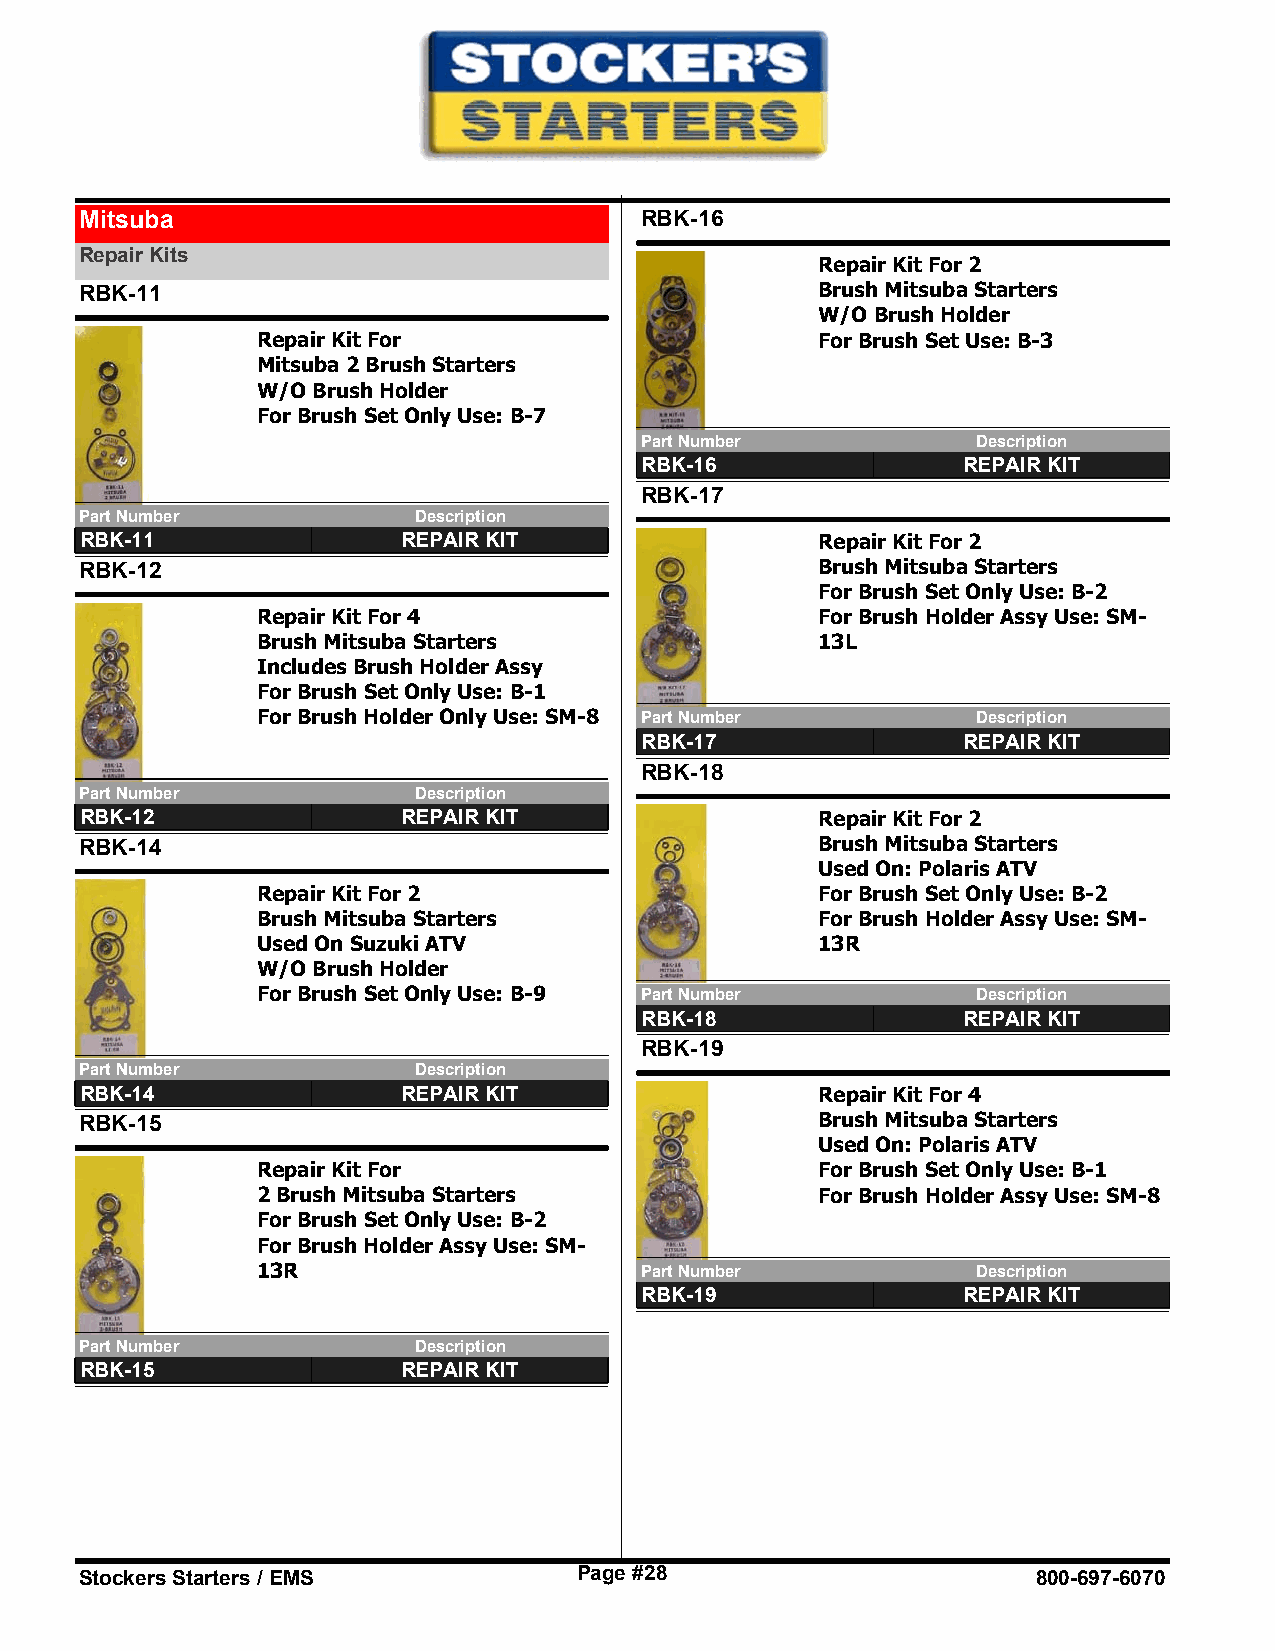
Mitsuba                              RBK-16
 Repair Kits
 Repair Kit For 2
 RBK-11                                           Brush Mitsuba Starters
 W/O Brush Holder
 Repair Kit For                       For Brush Set Use: B-3
 Mitsuba 2 Brush Starters
 W/O Brush Holder
 For Brush Set Only Use: B-7
 Part Number            Description
 RBK-16                REPAIR KIT
 RBK-17
 Part Number           Description
 RBK-11                REPAIR KIT                 Repair Kit For 2
 RBK-12                                           Brush Mitsuba Starters
 For Brush Set Only Use: B-2
 Repair Kit For 4                     For Brush Holder Assy Use: SM-
 Brush Mitsuba Starters               13L
 Includes Brush Holder Assy
 For Brush Set Only Use: B-1
 For Brush Holder Only Use: SM-8 Part Number     Description
 RBK-17                REPAIR KIT
 RBK-18
 Part Number           Description
 RBK-12                REPAIR KIT                 Repair Kit For 2
 RBK-14                                           Brush Mitsuba Starters
 Used On: Polaris ATV
 Repair Kit For 2                     For Brush Set Only Use: B-2
 Brush Mitsuba Starters               For Brush Holder Assy Use: SM-
 Used On Suzuki ATV                   13R
 W/O Brush Holder
 For Brush Set Only Use: B-9 Part Number         Description
 RBK-18                REPAIR KIT
 RBK-19
 Part Number           Description
 RBK-14                REPAIR KIT                 Repair Kit For 4
 RBK-15                                           Brush Mitsuba Starters
 Used On: Polaris ATV
 Repair Kit For                       For Brush Set Only Use: B-1
 2 Brush Mitsuba Starters             For Brush Holder Assy Use: SM-8
 For Brush Set Only Use: B-2
 For Brush Holder Assy Use: SM-
 13R                      Part Number            Description
 RBK-19                REPAIR KIT
 Part Number           Description
 RBK-15                REPAIR KIT
 Stockers Starters / EMS          Page #28                       800-697-6070